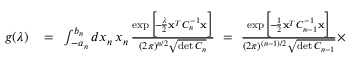
\begin{array} { r l r } { g ( \lambda ) } & { { } \! = \! } & { \int _ { - a _ { n } } ^ { b _ { n } } d x _ { n } \, x _ { n } \, { \frac { \exp \Big [ \! - \! { \frac { \lambda } { 2 } } { \bf x } ^ { _ T } C _ { n } ^ { - 1 } { \bf x } \Big ] } { ( 2 \pi ) ^ { n / 2 } \sqrt { \operatorname* { d e t } C _ { n } } } } \ = \ { \frac { \exp \Big [ \! - \! { \frac { 1 } { 2 } } { \bf x } ^ { _ T } C _ { n - 1 } ^ { - 1 } { \bf x } \Big ] } { ( 2 \pi ) ^ { ( n - 1 ) / 2 } \sqrt { \operatorname* { d e t } C _ { n - 1 } } } } \times } \end{array}